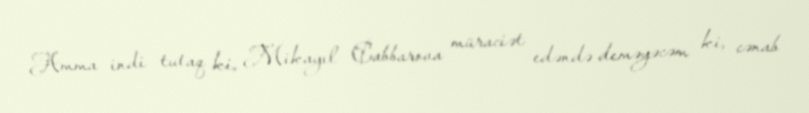
Amma indi tutaq ki, Mikayıl Cabbarova müraciət edəndə deməyəcəm ki, cənab